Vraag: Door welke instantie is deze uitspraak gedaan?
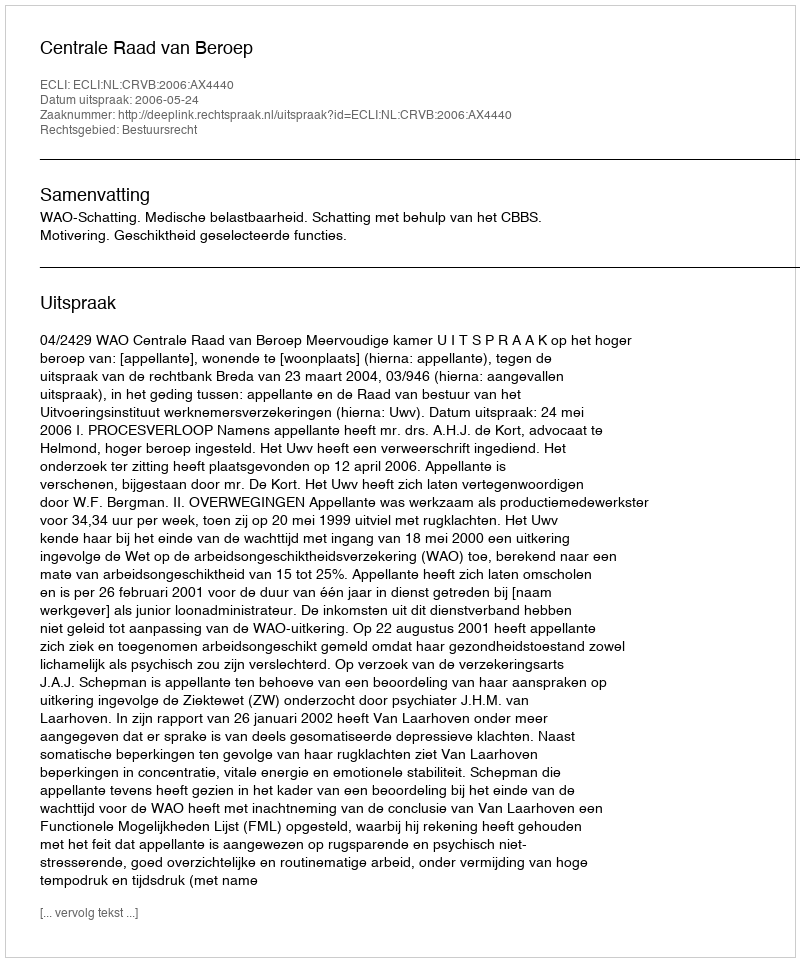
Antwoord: Centrale Raad van Beroep